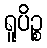
ရူပိဉ္စ